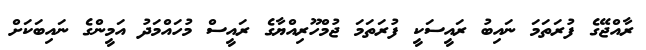
ރާއްޖޭގެ ފުރަތަމަ ނައިބު ރައީސަކީ ފުރަތަމަ ޖުމްހޫރިއްޔާގެ ރައީސް މުހައްމަދު އަމީންގެ ނައިބަކަށް